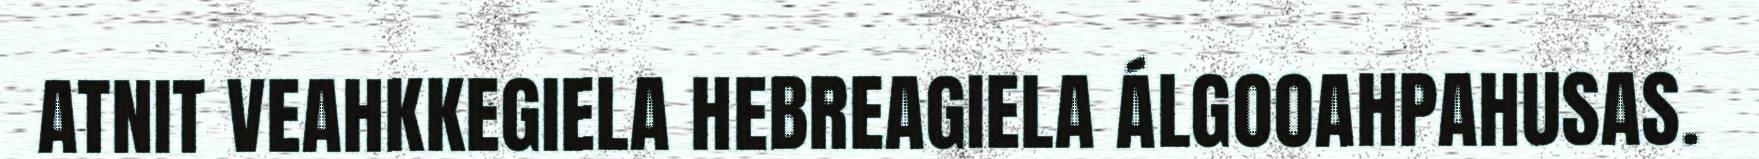
ATNIT VEAHKKEGIELA HEBREAGIELA ÁLGOOAHPAHUSAS.